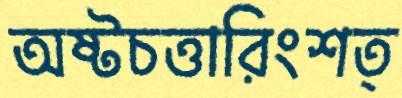
অষ্টচত্তারিংশত্